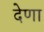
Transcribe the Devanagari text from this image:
देणा